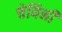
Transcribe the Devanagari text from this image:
चेयिनी